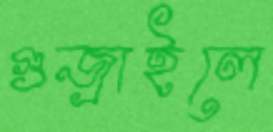
গুজ্‌রাইলে